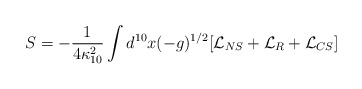
\begin{align*}S=-\frac{1}{4\kappa_{10}^2}\int d^{10}x(-g)^{1/2}[\mathcal{L}_{NS}+\mathcal{L}_R+\mathcal{L}_{CS}]\end{align*}